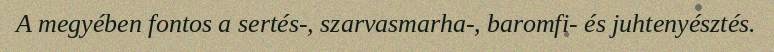
A megyében fontos a sertés-, szarvasmarha-, baromfi- és juhtenyésztés.